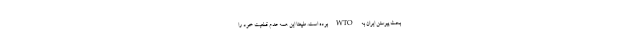
بحث پیوستن ایران به WTO بوده است. طبیعتا این همه عدم قطعیت خود را